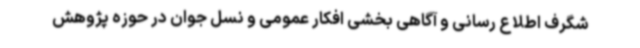
شگرف اطلاع رسانی و آگاهی بخشی افکار عمومی و نسل جوان در حوزه پژوهش